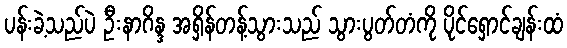
ပန်းခဲ့သည်ပဲ ဦးနာဂိန္ဒ အရှိန်တန့်သွားသည် သွားပွတ်တံကို ပိုင်ရှောင်ချန်းထံ